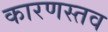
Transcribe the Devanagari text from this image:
कारणस्तव